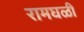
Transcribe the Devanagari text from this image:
रामघळी